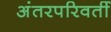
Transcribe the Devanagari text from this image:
अंतरपरिवर्ती